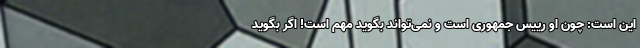
این است: چون او رییس جمهوری است و نمی‌تواند بگوید مهم است! اگر بگوید